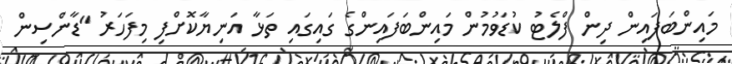
މައިންބަފައިން ދިން ފްލެޓު ކުޑަވުމުން މައިންބަފައިންގެ ގައިގައި ތަޅާ އަނިޔާކޮށްފި މިފަހަރު "ޑާންސިން